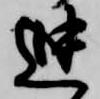
迚